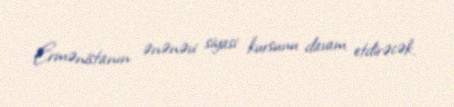
Ermənistanın ənənəvi siyasi kursunu davam etdirəcək.